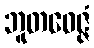
ဘူတဝေဇ္ဇံ